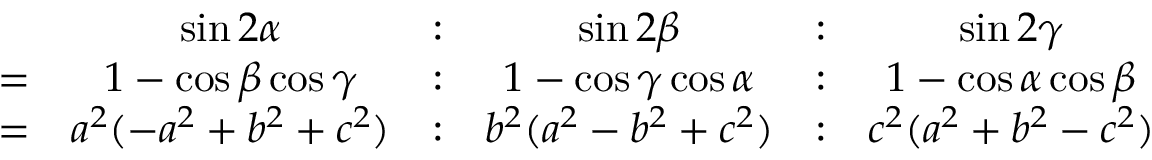
{ \begin{array} { r c c c c c } & { \sin 2 \alpha } & { : } & { \sin 2 \beta } & { : } & { \sin 2 \gamma } \\ { = } & { 1 - \cos \beta \cos \gamma } & { : } & { 1 - \cos \gamma \cos \alpha } & { : } & { 1 - \cos \alpha \cos \beta } \\ { = } & { a ^ { 2 } ( - a ^ { 2 } + b ^ { 2 } + c ^ { 2 } ) } & { : } & { b ^ { 2 } ( a ^ { 2 } - b ^ { 2 } + c ^ { 2 } ) } & { : } & { c ^ { 2 } ( a ^ { 2 } + b ^ { 2 } - c ^ { 2 } ) } \end{array} }